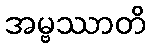
အမ္ဗဿာတိ